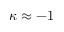
\kappa \approx - 1